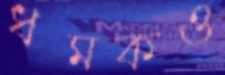
ধমকও